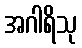
အဂါရိသု